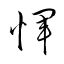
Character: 惲